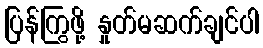
ပြန်ကြွဖို့ နှုတ်မဆက်ချင်ပါ